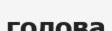
голова